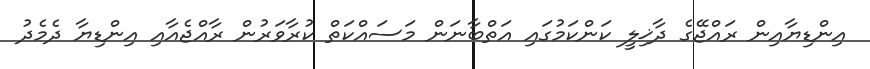
އިންޑިޔާއިން ރައްޖޭގެ ދާޚިލީ ކަންކަމުގައި އަތްބާނަން މަސައްކަތް ކުރާވަރުން ރާއްޖެއާއި އިންޑިޔާ ދެމެދު